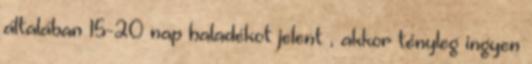
általában 15-20 nap haladékot jelent , akkor tényleg ingyen